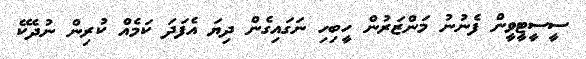
ސީސީޓީވީން ފެނުނު މަންޒަރުން ހީބިހި ނަަގައިގެން ދިޔަ އެފަދަ ކަމެއް ކުރިން ނުދެކޭ